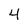
Character: 4